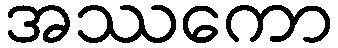
အဿကော